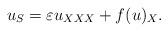
LaTeX: \begin{align*}u_S=\varepsilon u_{XXX}+f(u)_X.\end{align*}